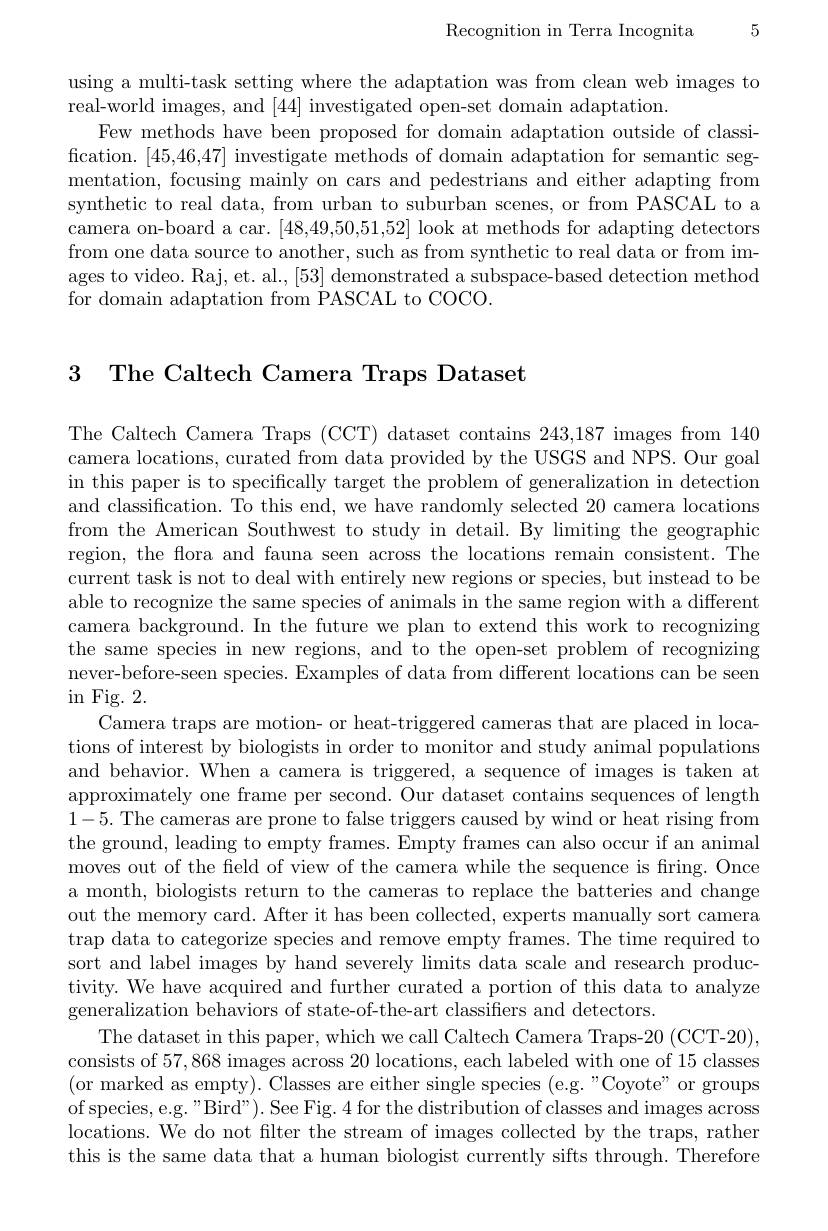
Recognition in Terra Incognita 5

using a multi-task setting where the adaptation was from clean web images to
real-world images, and [44] investigated open-set domain adaptation.
Few methods have been proposed for domain adaptation outside of classification. [45,46,47] investigate methods of domain adaptation for semantic segmentation, focusing mainly on cars and pedestrians and either adapting from synthetic to real data, from urban to suburban scenes, or from PASCAL to a camera on-board a car. [48,49,50,51,52] look at methods for adapting detectors from one data source to another, such as from synthetic to real data or from images to video. Raj, et. al., [53] demonstrated a subspace-based detection method for domain adaptation from PASCAL to COCO.

3 The Caltech Camera Traps Dataset

The Caltech Camera Traps (CCT) dataset contains 243,187 images from 140 camera locations, curated from data provided by the USGS and NPS. Our goal in this paper is to specifically target the problem of generalization in detection and classification. To this end, we have randomly selected 20 camera locations from the American Southwest to study in detail. By limiting the geographic region, the flora and fauna seen across the locations remain consistent. The current task is not to deal with entirely new regions or species, but instead to be able to recognize the same species of animals in the same region with a different camera background. In the future we plan to extend this work to recognizing the same species in new regions, and to the open-set problem of recognizing never-before-seen species. Examples of data from different locations can be seen $\operatorname{in}$Fig.2.
Camera traps are motion- or heat-triggered cameras that are placed in locations of interest by biologists in order to monitor and study animal populations and behavior. When a camera is triggered, a sequence of images is taken at approximately one frame per second. Our dataset contains sequences of length 1-5. The cameras are prone to false triggers caused by wind or heat rising from the ground, leading to empty frames. Empty frames can also occur if an animal moves out of the field of view of the camera while the sequence is firing. Once a month, biologists return to the cameras to replace the batteries and change out the memory card. After it has been collected, experts manually sort camera trap data to categorize species and remove empty frames. The time required to sort and label images by hand severely limits data scale and research productivity. We have acquired and further curated a portion of this data to analyze generalization behaviors of state-of-the-art classifiers and detectors.
The dataset in this paper, which we call Caltech Camera Traps-20 (CCT-20), consists of 57,868 images across 20 locations, each labeled with one of 15 classes (or marked as empty). Classes are either single species (e.g."Coyote" or groups of species, e.g. "Bird"). See Fig. 4 for the distribution of classes and images across locations. We do not filter the stream of images collected by the traps, rather this is the same data that a human biologist currently sifts through. Therefore